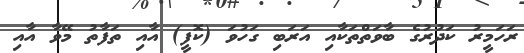
ރަހަމީރު ކަދުރުގެ ބާވަތްތަކާއި އަރަބި ގަހުވަ (ކޮފީ) އާއި ތަފާތު މޭވާ އާއި